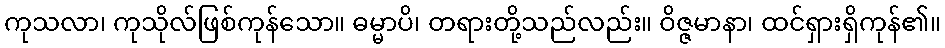
ကုသလာ၊ ကုသိုလ်ဖြစ်ကုန်သော။ ဓမ္မာပိ၊ တရားတို့သည်လည်း။ ဝိဇ္ဇမာနာ၊ ထင်ရှားရှိကုန်၏။